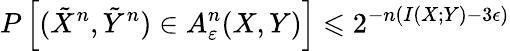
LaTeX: P\left[({\tilde{X}}^{n},{\tilde{Y}}^{n})\in A_{\varepsilon}^{n}(X,Y)\right]\leqslant 2^{-n(I(X;Y)-3\epsilon)}